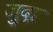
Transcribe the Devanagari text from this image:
ज़ुदा